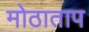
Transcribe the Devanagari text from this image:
मोठाताप